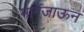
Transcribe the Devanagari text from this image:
मागेजाऊन